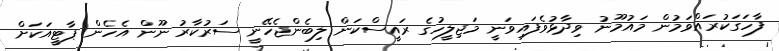
ފާހަގަކުރައްވަމުން މައުމޫނު ވިދާޅުވެފައިވަނީ މަޖިލީހުގެ ރައީސްކަން ލިބެންޖެހޭނީ ސަރުކާރު ނޫން އެހެން ޕާޓީއަކަށް